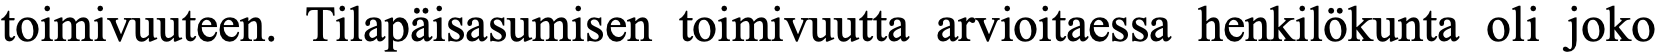
toimivuuteen. Tilapäisasumisen toimivuutta arvioitaessa henkilökunta oli joko